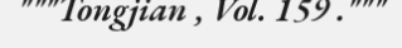
"""Tongjian , Vol. 159 ."""